Indian journal of veterinary science and animal husbandry - Volume 2,
Year: 1932
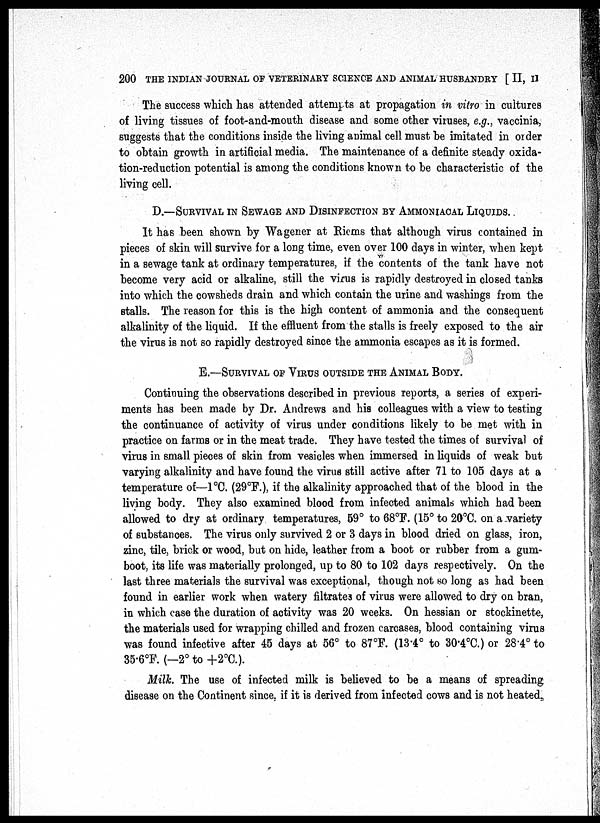
200 THE INDIAN JOURNAL OF VETERINARY SCIENCE AND ANIMAL HUSBANDRY [ II, II
The success which has attended attempts at propagation in vitro in cultures
of living tissues of foot-and-mouth disease and some other viruses, e.g., vaccinia,
suggests that the conditions inside the living animal cell must be imitated in order
to obtain growth in artificial media. The maintenance of a definite steady oxida-
tion-reduction potential is among the conditions known to be characteristic of the
living cell.
D.—SURVIVAL IN SEWAGE AND DISINFECTION BY AMMONIACAL LIQUIDS.
It has been shown by Wagener at Riems that although virus contained in
pieces of skin will survive for a long time, even over 100 days in winter, when kept
in a sewage tank at ordinary temperatures, if the contents of the tank have not
become very acid or alkaline, still the virus is rapidly destroyed in closed tanks
into which the cowsheds drain and which contain the urine and washings from the
stalls. The reason for this is the high content of ammonia and the consequent
alkalinity of the liquid. If the effluent from the stalls is freely exposed to the air
the virus is not so rapidly destroyed since the ammonia escapes as it is formed.
E.—SURVIVAL OF VIRUS OUTSIDE THE ANIMAL BODY.
Continuing the observations described in previous reports, a series of experi-
ments has been made by Dr. Andrews and his colleagues with a view to testing
the continuance of activity of virus under conditions likely to be met with in
practice on farms or in the meat trade. They have tested the times of survival of
virus in small pieces of skin from vesicles when immersed in liquids of weak but
varying alkalinity and have found the virus still active after 71 to 105 days at a
temperature of—1°C. (29°F.), if the alkalinity approached that of the blood in the
living body. They also examined blood from infected animals which had been
allowed to dry at ordinary temperatures, 59° to 68°F. (15° to 20°C. on a variety
of substances. The virus only survived 2 or 3 days in blood dried on glass, iron,
zinc, tile, brick or wood, but on hide, leather from a boot or rubber from a gum-
boot, its life was materially prolonged, up to 80 to 102 days respectively. On the
last three materials the survival was exceptional, though not so long as had been
found in earlier work when watery filtrates of virus were allowed to dry on bran,
in which case the duration of activity was 20 weeks. On hessian or stockinette,
the materials used for wrapping chilled and frozen carcases, blood containing virus
was found infective after 45 days at 56° to 87°F (13.4° to 30.4°C.) or 28.4° to
35.6°F. (—2° to + 2°C.).
Milk. The use of infected milk is believed to be a means of spreading
disease on the Continent since, if it is derived from infected cows and is not heated,